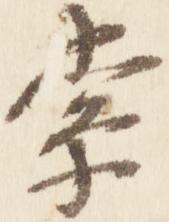
索